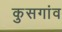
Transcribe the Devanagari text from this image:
कुसगांव